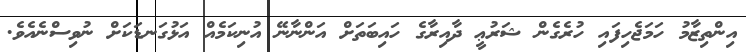
އިންތިޒާމު ހަމަޖެހިފައި ހުރެގެން ޝަރުޢީ ދާއިރާގެ ހައިބަތަށް އަންނާނޭ އުނިކަމެއް އަޅުގަނޑަކަށް ނުވިސްނެއެވެ.